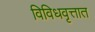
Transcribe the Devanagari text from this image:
विविधवृत्तात